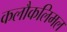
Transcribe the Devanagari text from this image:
कलौकलिमल